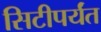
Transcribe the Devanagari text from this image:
सिटीपर्यंत